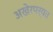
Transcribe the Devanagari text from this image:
अखेरपर्यत